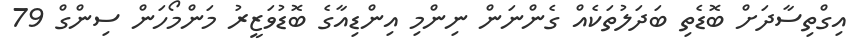
އިގްތިސާދަށް ބޮޑެތި ބަދަލުތަކެއް ގެންނަން ނިންމި އިންޑިއާގެ ބޮޑުވަޒީރު މަންމޯހަން ސިންގް 79